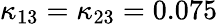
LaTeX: \kappa_{13}=\kappa_{23}=0.075